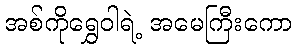
အစ်ကိုရွှေဝါရဲ့ အမေကြီးကော